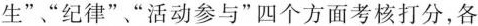
生””纪律””活动参与”四个方面考核打分，各